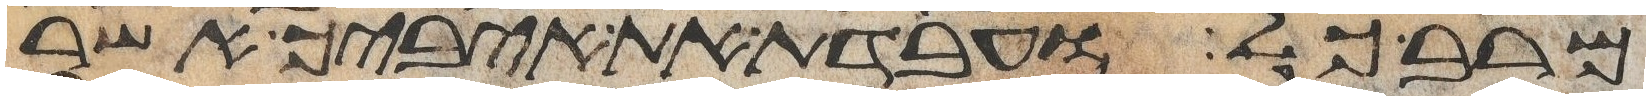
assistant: מרב כל ועבדת את איביך אשר